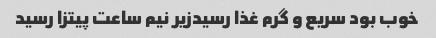
خوب بود سریع و گرم غذا رسیدزیر نیم ساعت پیتزا رسید